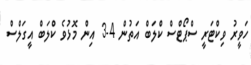
ހަވީރު ވިކްޓަރީ ސްޕޯޓްސް ކްލަބް އަތުން 4-3 އިން މޮޅުވެ ކްލަބް އީގަލްސް